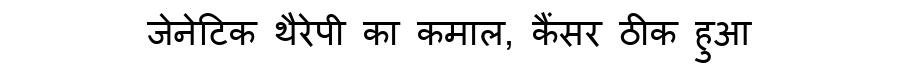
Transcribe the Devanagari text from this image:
जेनेटिक थैरेपी का कमाल, कैंसर ठीक हुआ